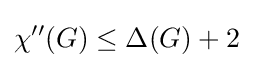
\chi ''(G)\leq \Delta (G)+2